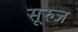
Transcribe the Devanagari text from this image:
सूरुज